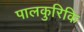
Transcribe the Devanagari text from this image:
पालकुरिकि